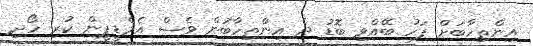
އިންތިހާބަށް ފަހު ބޭއްވި ބޮޑު ދެ އިންތިހާބުން ވެސް އެމްޑީޕީން ކުރި ހޯދި